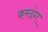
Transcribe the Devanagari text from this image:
करदंग